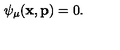
\psi _ { \mu } ( \mathbf { x } , \mathbf { p } ) = 0 .